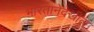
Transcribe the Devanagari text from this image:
भारतानेदेखील